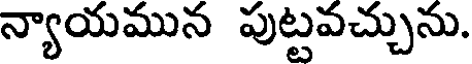
న్యాయమున పుట్టవచ్చును.